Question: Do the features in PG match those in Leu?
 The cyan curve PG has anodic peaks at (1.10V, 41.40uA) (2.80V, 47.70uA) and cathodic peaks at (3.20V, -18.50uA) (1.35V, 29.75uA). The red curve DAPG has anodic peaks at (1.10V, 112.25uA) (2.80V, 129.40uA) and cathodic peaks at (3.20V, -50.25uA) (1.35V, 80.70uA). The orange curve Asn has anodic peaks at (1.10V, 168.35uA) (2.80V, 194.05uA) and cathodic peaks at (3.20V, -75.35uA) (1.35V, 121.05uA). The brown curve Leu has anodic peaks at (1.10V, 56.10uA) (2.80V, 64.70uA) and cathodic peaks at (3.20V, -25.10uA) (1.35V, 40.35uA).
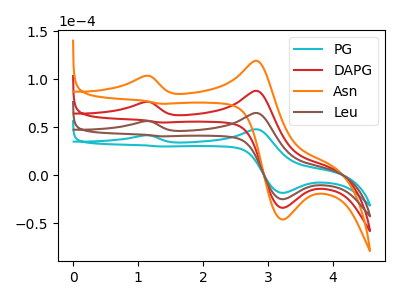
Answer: <think>All the peaks in "PG" have a peak in "Leu" at the same potential.
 </think>
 <answer>"PG" and "Leu" are similar in shape.</answer>
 <eval>same_shape</eval>